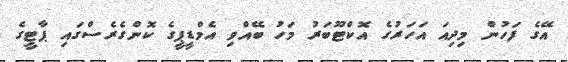
އޭގެ ފަހުން މިދިއަ އަހަރުގެ އޮކްޓޫބަރު މަހު ބޭއްވި އެމްޑީޕީގެ ކޮންގެރެސްގައި ޕާޓީގެ